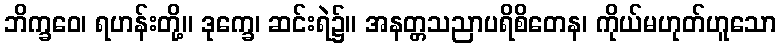
ဘိက္ခဝေ၊ ရဟန်းတို့။ ဒုက္ခေ၊ ဆင်းရဲ၌။ အနတ္တသညာပရိစိတေန၊ ကိုယ်မဟုတ်ဟူသော